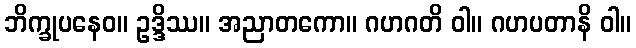
ဘိက္ခုပနေဝ။ ဥဒ္ဒိဿ။ အညာတကော။ ဂဟဂတိ ဝါ။ ဂဟပတာနိ ဝါ။